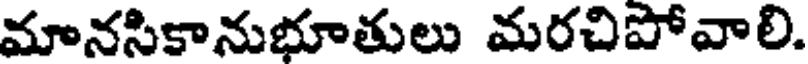
మానసికానుభూతులు మరచిపోవాలి.